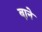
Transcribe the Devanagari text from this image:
ब़ाने